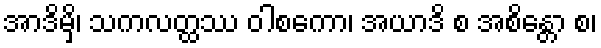
အာဒိမှိ၊ သကလတ္ထဿ ဝါစကော၊ အယာဒိ စ အစိန္တော စ၊